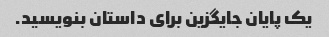
یک پایان جایگزین برای داستان بنویسید.